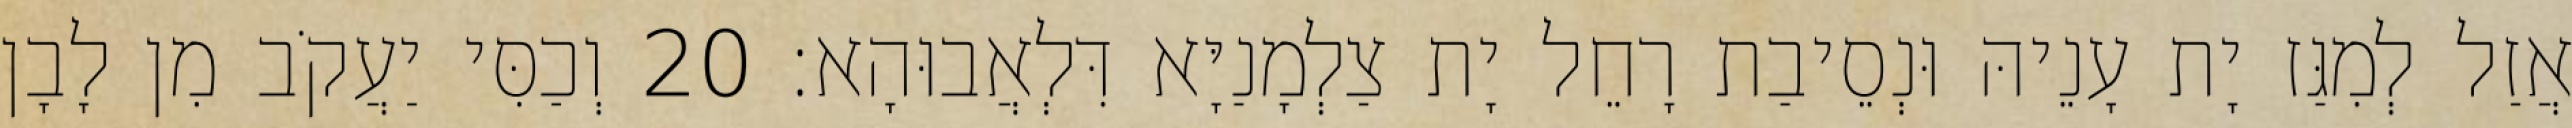
אֲזַל לְמִגַּז יָת עָנֵיהּ וּנְסֵיבַת רָחֵל יָת צַלְמָנַיָּא דִּלְאֲבוּהָא׃ 20 וְכַסִּי יַעֲקֹב מִן לָבָן